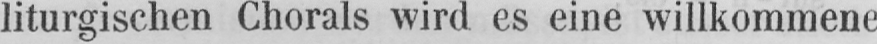
liturgischen Chorals wird es eine willkommene